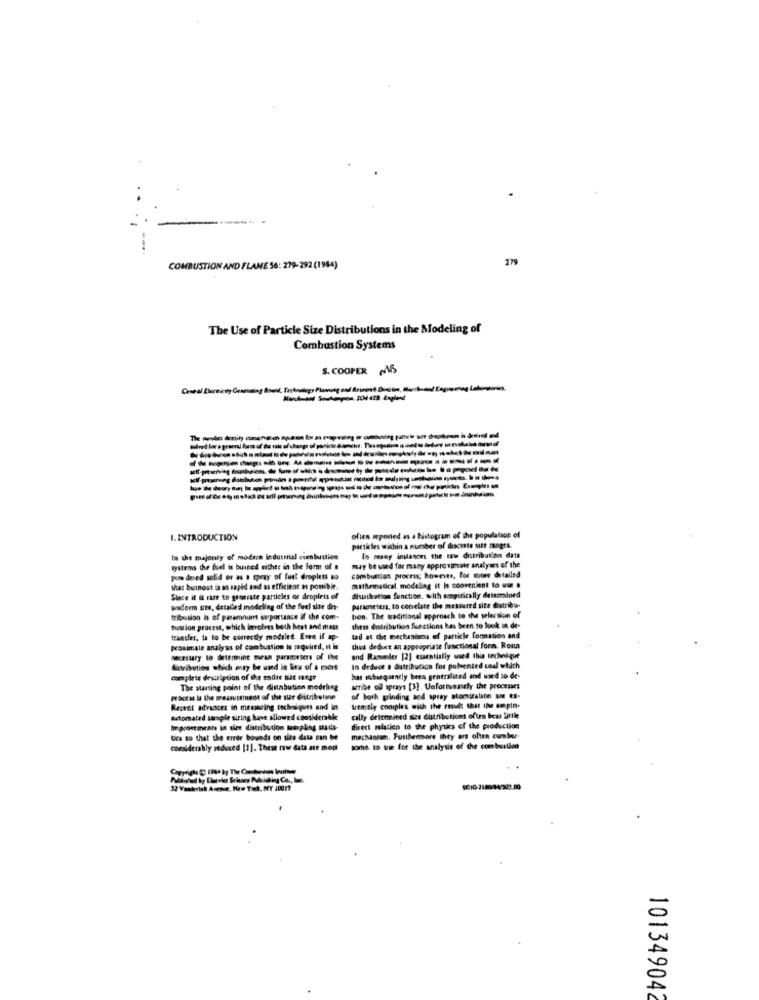
..
----
279
COMBUSTION AND FLAME 56: 279-292 (1984)
The Use of Particle Size Distributions in the Modeling of
Combustion Systems
S. COOPER MB
mived lara green for of de tak of chop of pi
I. INTRODUCTION
ofien mported as a histogram of the population of
partkles within a number of discrete site fanges.
In the majonty of modern industrial cuenbustien
In many intances the me distribution data
systems the fuel is burned either in the Form of a
may be used for many approximate analyses of the
pon dered solid or as a spray of fuet droplets so
combustion procras; however, for more detailed
that bornost ia m sapid sod as efficient a ponible.
mathematical modelling it Is convenient to use .
Since it is rate to generate particles or droplets of
disuibution function. with empirically delsonined
wwform ses, detailed modeling of the fuel sie dis-
parameters, to correlate the measured site distribo-
tribution is of paramount unportance if the com-
bon. The traditional approach to the selection of
tustion process, which involves both best and mas
these distribution functions bas been to look in de-
transfer, la to be correctly modeled. Even if ap-
tail at the mechanisms of particle formation and
proximate analysis of combustion is required, it is
this deduce an appropriate fractional form. Rosa
necessary to determine ouran parameters of the
and Rasmenler [2] essentially used this technique
distribution which may be used in lieu of a mort
In deduce a distribution for pulvented coul which
complete description of the endre nie moge
has subsequently beea gentralited and wird lo de-
The starting point of the distabution modeling
actibe odl sprays [3]. Unfortunately the processes
process la the measurement of the star entribeline
of both grinding and spray atomization ane ex-
Recent advances in memming techniques and in
uutmely complex with the result that the crepin-
automated sample siring have allowed consideradk
cally determined sies distributions often bear little
poortincals in sice distribution monpling sads-
direct relation to the physics of the production
ties so that the error bounds on sias data ran M
mechanism. Furthermore They are often zumbar-
considerably seduced [1]. These raw data are moja
some to win for the analysis of the combustion
101349042